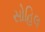
સોહિલ